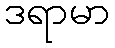
ဒရာမာ